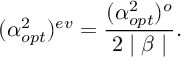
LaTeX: ( \alpha _ { o p t } ^ { 2 } ) ^ { e v } = \frac { ( \alpha _ { o p t } ^ { 2 } ) ^ { o } } { 2 \mid \beta \mid } .